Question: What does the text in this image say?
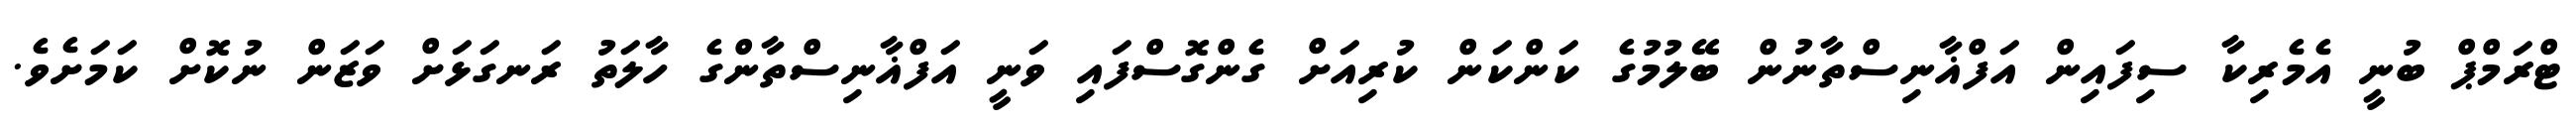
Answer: ޓްރަމްޕް ބުނީ އެމެރިކާ ސިފައިން އަފްޣާނިސްތާނުން ބޭލުމުގެ ކަންކަން ކުރިއަށް ގެންގޮސްފައި ވަނީ އަފްޣާނިސްތާންގެ ހާލަތު ރަނގަޅަށް ވަޒަން ނުކޮށް ކަމަށެވެ.